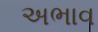
અભાવ